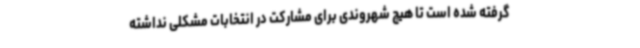
گرفته شده است تا هیچ شهروندی برای مشارکت در انتخابات مشکلی نداشته